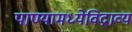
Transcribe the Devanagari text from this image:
पाण्यामध्येविद्राव्य